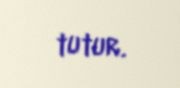
tutur.